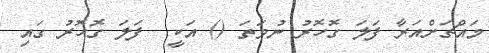
މައްޗަށްއަރާ ފަލަ ގޮހޮރު ނުވަތަ () އަކީ  ފަލަ ގޮހޮރު ގައި